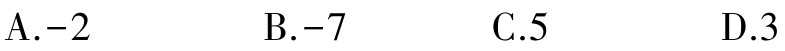
A.-2
B.-7
C.5
D.3